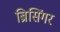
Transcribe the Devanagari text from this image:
ब्रिसिंगर